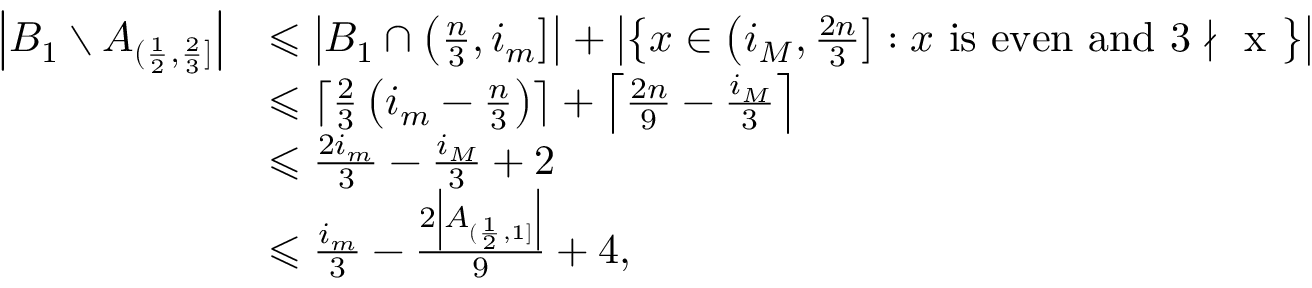
\begin{array} { r l } { \left| B _ { 1 } \setminus A _ { ( \frac { 1 } { 2 } , \frac { 2 } { 3 } ] } \right| } & { \leqslant \left| B _ { 1 } \cap \left( \frac { n } { 3 } , i _ { m } \right] \right| + \left| \left\{ x \in \left( i _ { M } , \frac { 2 n } { 3 } \right] : x \mathrm { ~ i s ~ e v e n ~ a n d ~ 3 \nmid ~ x ~ } \right\} \right| } \\ & { \leqslant \left\lceil \frac { 2 } { 3 } \left( i _ { m } - \frac { n } { 3 } \right) \right\rceil + \left\lceil \frac { 2 n } { 9 } - \frac { i _ { M } } { 3 } \right\rceil } \\ & { \leqslant \frac { 2 i _ { m } } { 3 } - \frac { i _ { M } } { 3 } + 2 } \\ & { \leqslant \frac { i _ { m } } { 3 } - \frac { 2 \left| A _ { ( \frac { 1 } { 2 } , 1 ] } \right| } { 9 } + 4 , } \end{array}